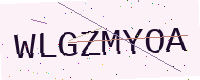
Text: WLGZMYOA